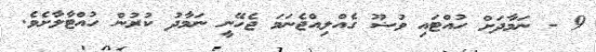
9 - ނަމާދަށް ހުއްޓައި ވުޟޫ ގެއްލިއްޖެނަމަ ޖެހޭނީ ނަމާދު ކުރުން ހުއްޓާލާށެވެ.